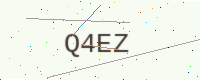
Text: Q4EZ